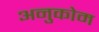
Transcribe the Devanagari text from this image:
अनुकोम